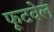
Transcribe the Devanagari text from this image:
फूटवेल